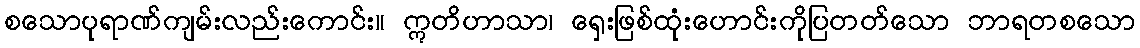
စသောပုရာဏ်ကျမ်းလည်းကောင်း။ ဣတိဟာသာ၊ ရှေးဖြစ်ထုံးဟောင်းကိုပြတတ်သော ဘာရတစသော